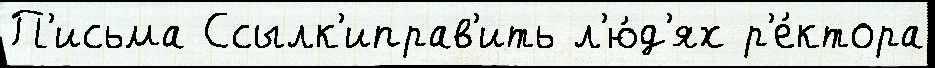
П'исьма Ссылк'иправ'ить л'ю́д'ях р'е́ктора